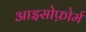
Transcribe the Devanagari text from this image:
आइसोफ़ोर्म